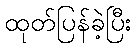
ထုတ်ပြန်ခဲ့ပြီး